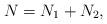
LaTeX: \begin{align*}N = N_1 + N_2,\end{align*}